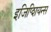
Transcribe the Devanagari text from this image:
इजिप्शियन्स